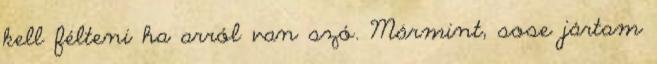
kell félteni ha arról van szó. Mármint, sose jártam